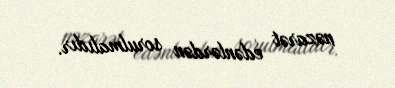
nəzarət edənlərdən sorulmalıdır.